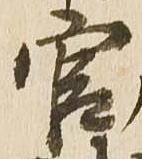
官